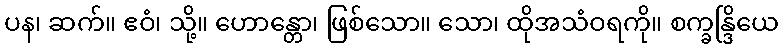
ပန၊ ဆက်။ ဧဝံ၊ သို့။ ဟောန္တော၊ ဖြစ်သော။ သော၊ ထိုအသံဝရကို။ စက္ခန္ဒြိယေ